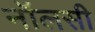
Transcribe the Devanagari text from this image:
नॉलसी